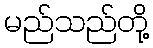
မည်သည်တို့